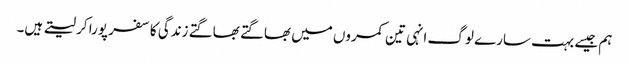
ہم جیسے بہت سارے لوگ انہی تین کمروں میں بھاگتے بھاگتے زندگی کا سفر پورا کر لیتے ہیں۔